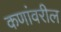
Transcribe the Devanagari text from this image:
कणांवरील